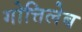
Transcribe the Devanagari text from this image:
गोत्तिलेब